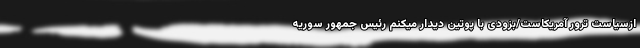
ازسیاست ترور آمریکاست/بزودی با پوتین دیدار میکنم رئیس جمهور سوریه